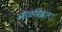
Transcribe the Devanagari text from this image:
ओळखिला